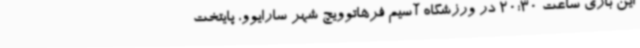
این بازی ساعت 20:30 در ورزشگاه آسیم فرهاتوویچ شهر سارایوو، پایتخت